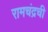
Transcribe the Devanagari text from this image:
रामचंद्रची